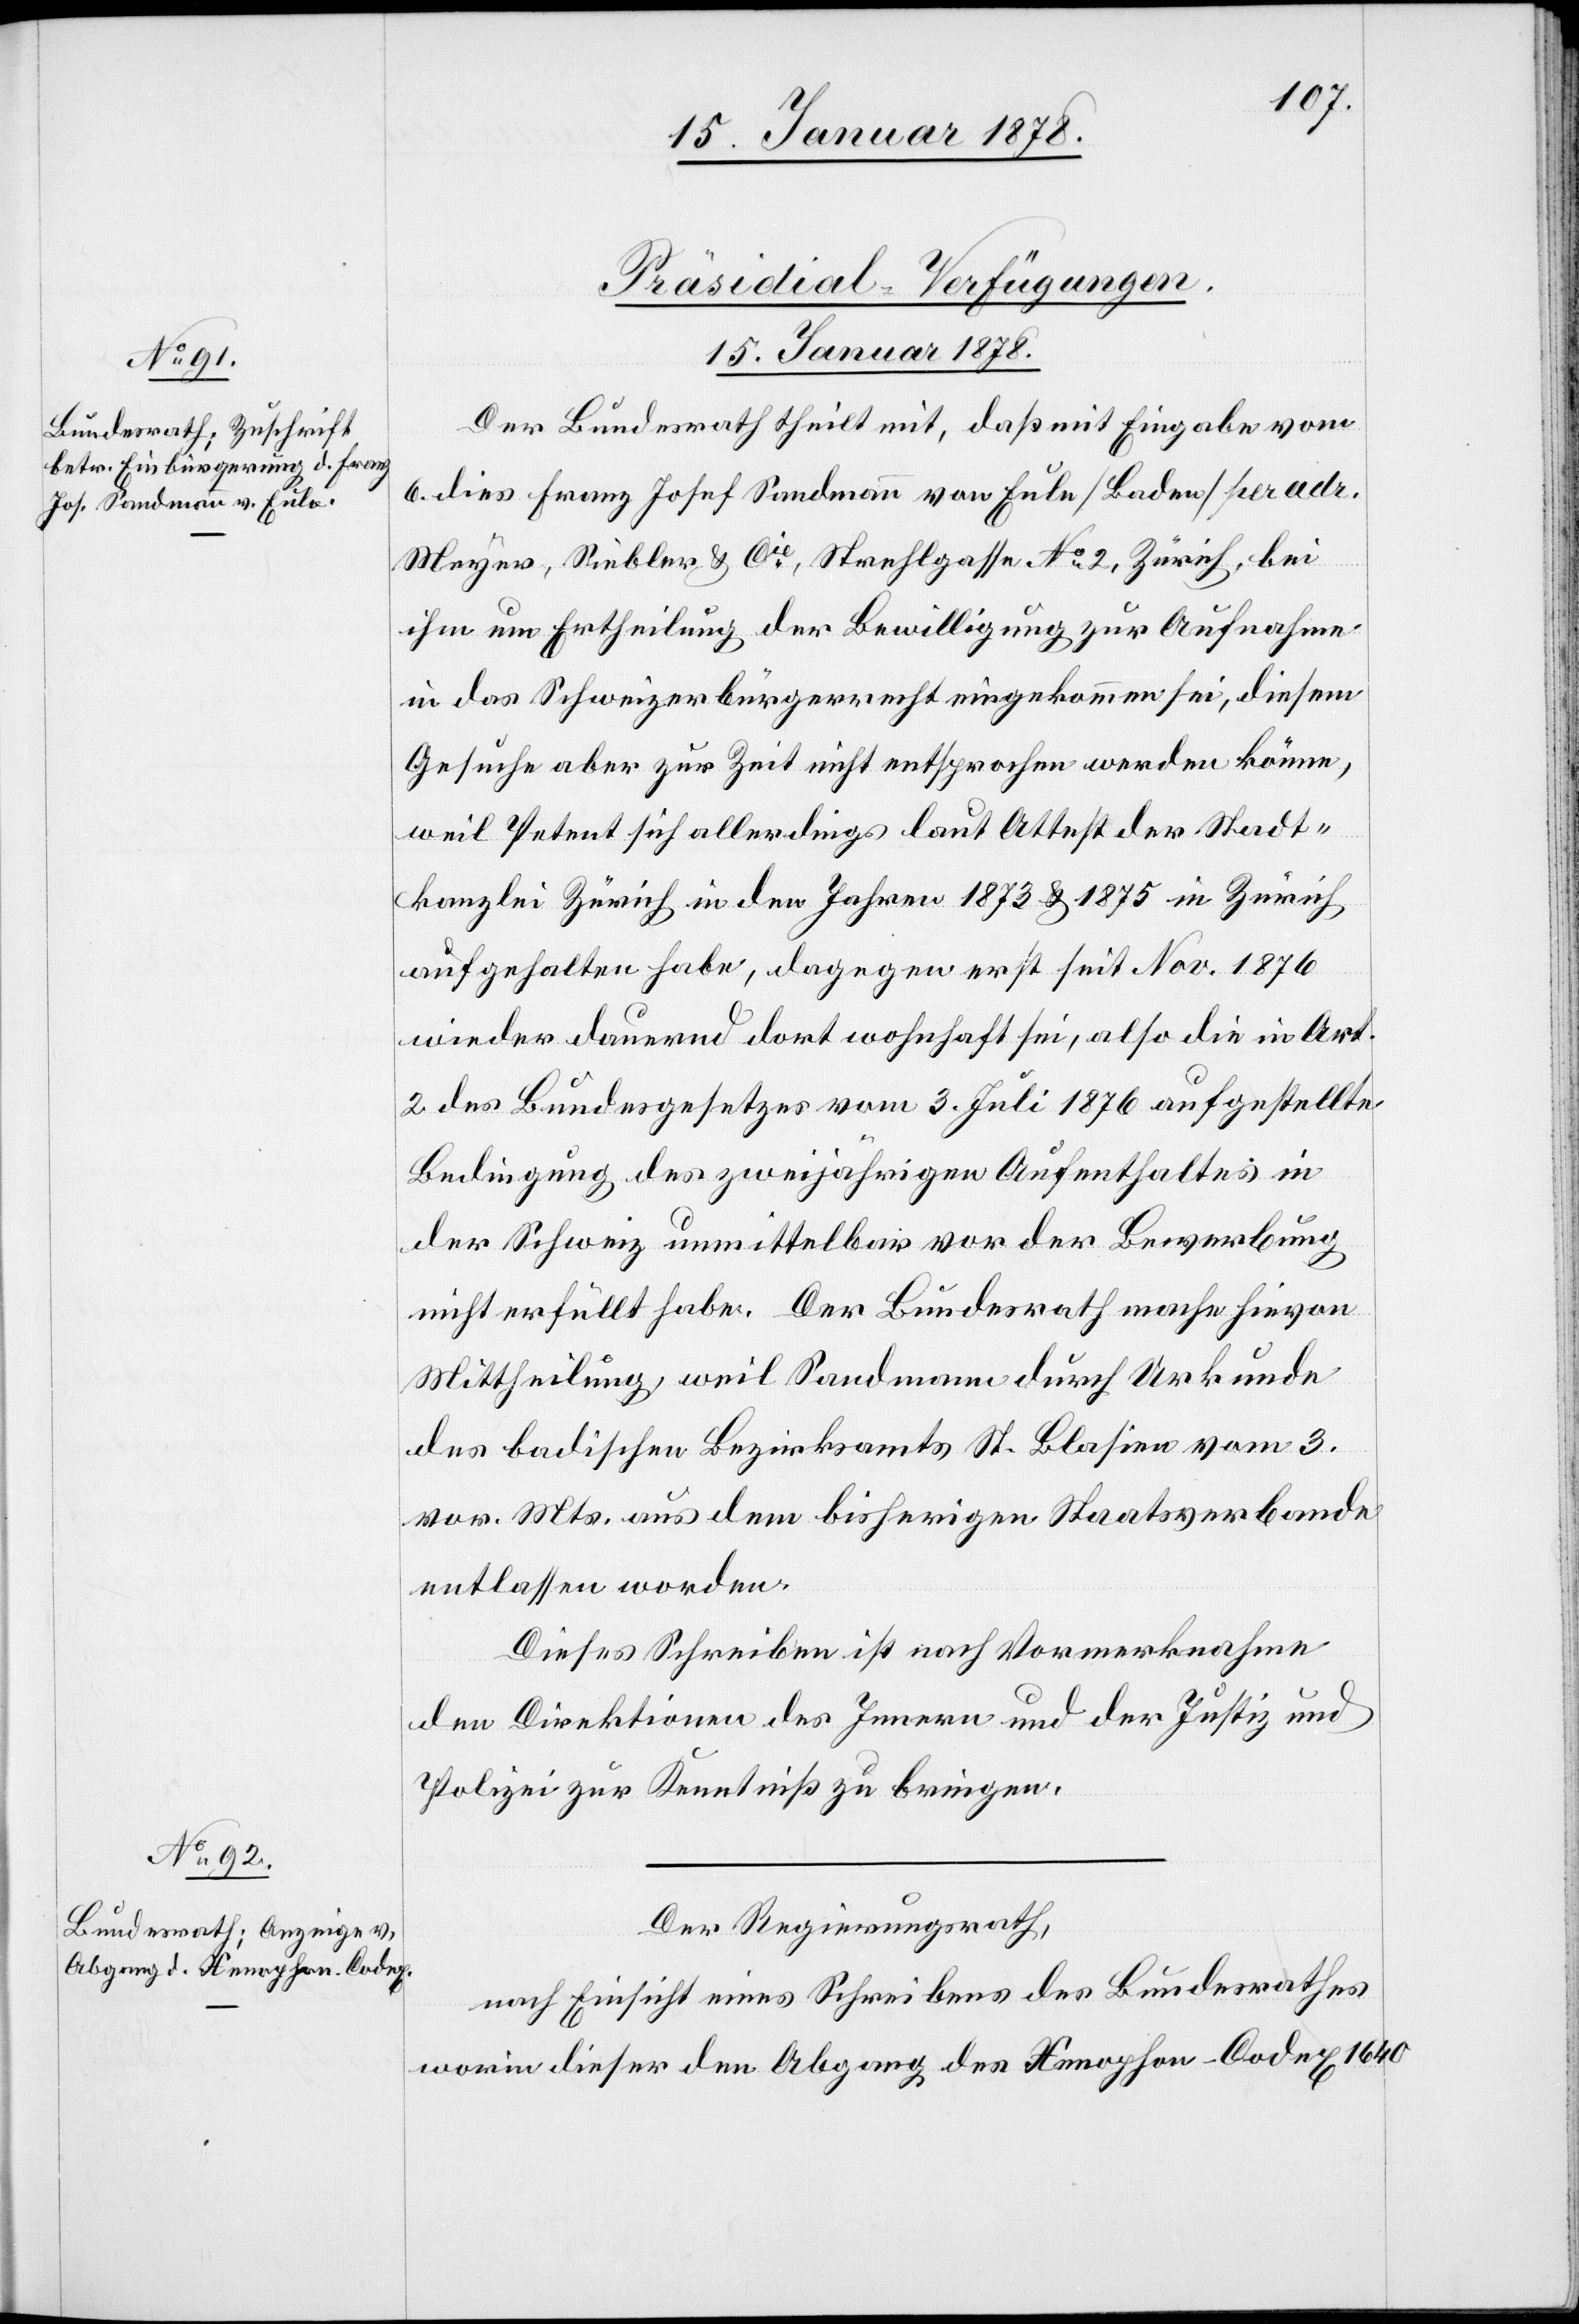
[Präsidial-Verfügungen.
15. Januar 1878.]
Der Bundesrath theilt mit, daß mit Eingabe vom
6. dies Franz Josef Sandmann von Eule (Baden) per adr.
Meyer, Siebler & Cie., Strehlgasse No 2, Zürich, bei
ihm um Ertheilung der Bewilligung zur Aufnahme
in das Schweizerbürgerrecht eingekommen sei, diesem
Gesuche aber zur Zeit nicht entsprochen werden könne,
weil Petent sich allerdings laut Attest der Stadt¬
kanzlei Zürich in den Jahren 1873 & 1875 in Zürich
aufgehalten habe, dagegen erst seit Nov. 1876
wieder dauernd dort wohnhaft sei, also die in Art.
2 des Bundesgesetzes vom 3. Juli 1876 aufgestellte
Bedingung des zweijährigen Aufenthaltes in
der Schweiz unmittelbar vor der Bewerbung
nicht erfüllt habe. Der Bundesrath mache hievon
Mittheilung, weil Sandmann durch Urkunde
des badischen Bezirksamts St. Blasien vom 3.
vor. Mts. aus dem bisherigen Staatsverbande
entlassen worden.
Dieses Schreiben ist nach Vormerknahme
den Direktionen des Innern und der Justiz und
Polizei zur Kenntniß zu bringen.
Der Regierungsrath,
nach Einsicht eines Schreibens des Bundesrathes
worin dieser den Abgang des Xenophon-Codex 1640